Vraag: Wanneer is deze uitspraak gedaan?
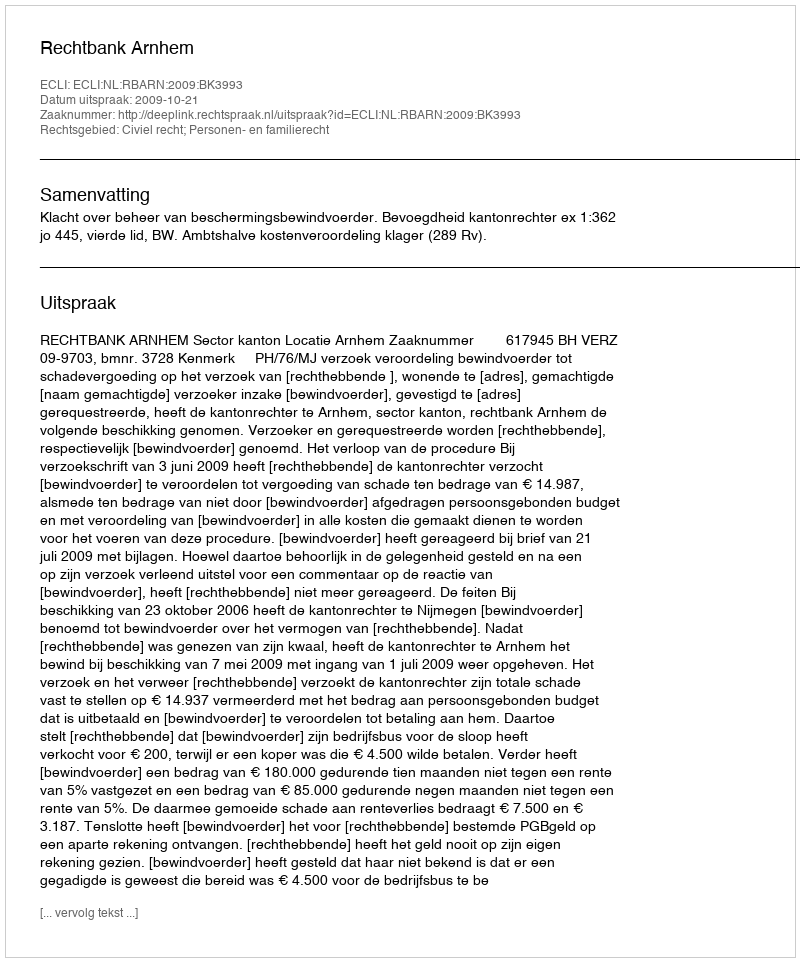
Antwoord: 2009-10-21